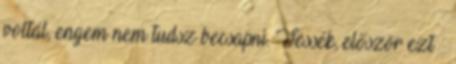
voltál, engem nem tudsz becsapni. Tessék, először ezt –